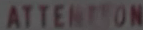
ATTENTION